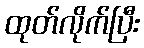
ထုတ်လိုက်ပြီး